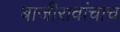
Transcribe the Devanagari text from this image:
बाजीरावांचाच